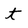
Character: t